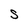
Character: S